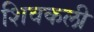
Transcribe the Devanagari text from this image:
शिवकली